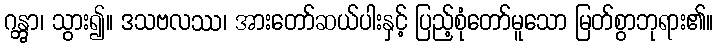
ဂန္တွာ၊ သွား၍။ ဒသဗလဿ၊ အားတော်ဆယ်ပါးနှင့် ပြည့်စုံတော်မူသော မြတ်စွာဘုရား၏။